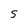
Character: S